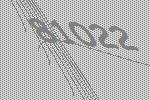
81022